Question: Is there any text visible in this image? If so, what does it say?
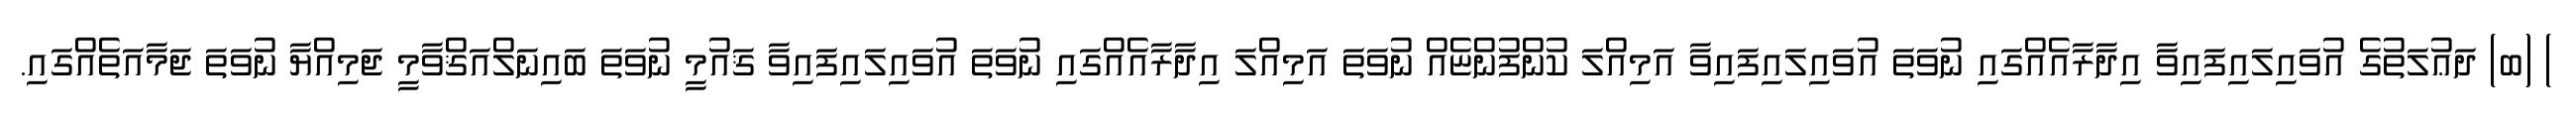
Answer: ) (ބ) ދަޢުލަތުގެ އުވައިލައިފައިވާ އިދާރާއެއްގައި ނުވަތަ އުވައިލައިފައިވާ އަމިއްލަ ކުންފުންޏެއް ނުވަތަ އަމިއްލަ އިދާރާއެއްގައި ނުވަތަ އުވައިލައިފައިވާ ޤައުމީ ނުވަތަ ބައިނަލްއަޤްވާމީ ޖަމިއްޔާ ނުވަތަ ޖަމާއަތެއްގައި.